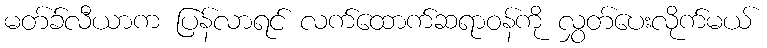
မတ်ခ်လီယာက ပြန်လာရင် လက်ထောက်ဆရာဝန်ကို လွှတ်ပေးလိုက်မယ်